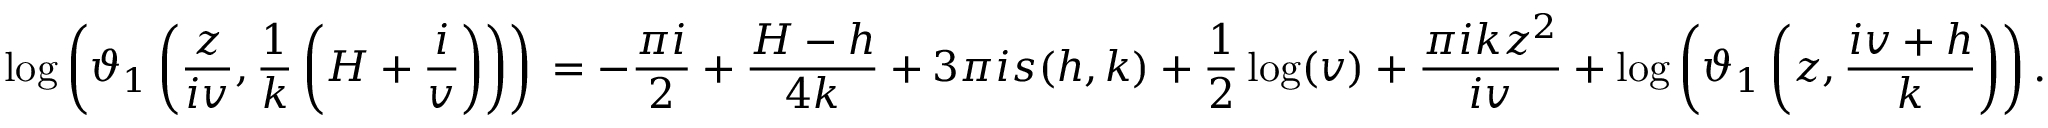
\log \left( \vartheta _ { 1 } \left( \frac { z } { i v } , \frac { 1 } { k } \left( H + \frac { i } { v } \right) \right) \right) \, = - \frac { \pi i } { 2 } + \frac { H - h } { 4 k } + 3 \pi i s ( h , k ) + \frac { 1 } { 2 } \log ( v ) + \frac { \pi i k z ^ { 2 } } { i v } + \log \left( \vartheta _ { 1 } \left( z , \frac { i v + h } { k } \right) \right) .